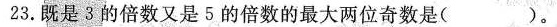
23.既是3的倍数又是5的倍数的最大两位奇数是（）。